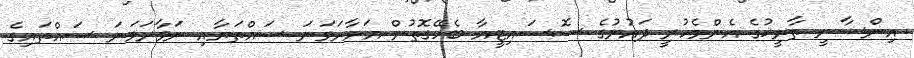
އިންސާނީ ތާރީޚުގެ އެންމެކުރީ ދައުރުގެ ސޮސައިޓީއާ ބެހޭގޮތުން އަށާރަވަނަ ސައްތަޔާއި ނަވާރަވަނަ ސައްތައިގެ